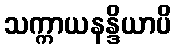
သက္ကာယနန္ဒိယာပိ